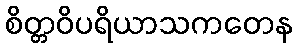
စိတ္တဝိပရိယာသကတေန